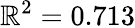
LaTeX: \mathbb{R}^{2}=0.713